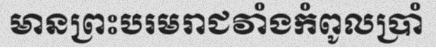
មានព្រះបរមរាជវាំងកំពូលប្រាំ